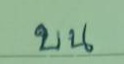
บน